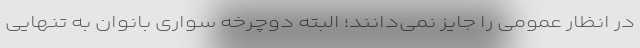
در انظار عمومی را جایز نمی‌دانند؛ البته دوچرخه سواری بانوان به تنهایی